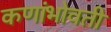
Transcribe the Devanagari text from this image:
कणांभोवती